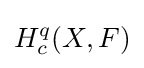
H_{c}^{q}(X,F)